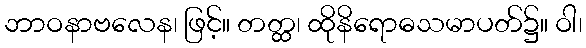
ဘာဝနာဗလေန၊ ဖြင့်။ တတ္ထ၊ ထိုနိရောဓသမာပတ်၌။ ဝါ၊